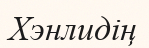
Хэнлидің